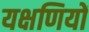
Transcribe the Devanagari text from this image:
यक्षणियों